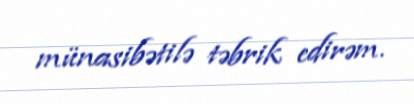
münasibətilə təbrik edirəm.